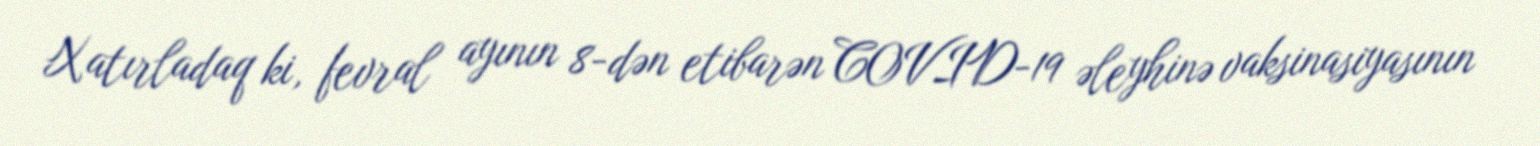
Xatırladaq ki, fevral ayının 8-dən etibarən COVID-19 əleyhinə vaksinasiyasının